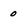
Character: 0